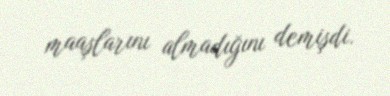
maaşlarını almadığını demişdi.